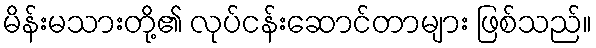
မိန်းမသားတို့၏ လုပ်ငန်းဆောင်တာများ ဖြစ်သည်။